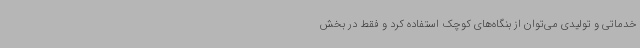
خدماتی و تولیدی می‌توان از بنگاه‌های کوچک استفاده کرد و فقط در بخش